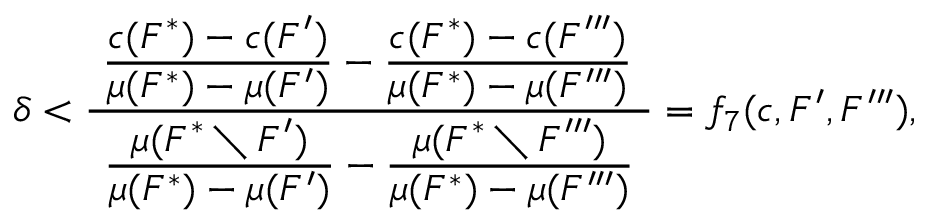
\begin{array} { r } { \delta < \frac { \hphantom { x } \displaystyle \frac { c ( F ^ { * } ) - c ( F ^ { \prime } ) } { \mu ( F ^ { * } ) - \mu ( F ^ { \prime } ) } - \frac { c ( F ^ { * } ) - c ( F ^ { \prime \prime \prime } ) } { \mu ( F ^ { * } ) - \mu ( F ^ { \prime \prime \prime } ) } \hphantom { x } } { \displaystyle \frac { \mu ( F ^ { * } \setminus F ^ { \prime } ) } { \mu ( F ^ { * } ) - \mu ( F ^ { \prime } ) } - \frac { \mu ( F ^ { * } \setminus F ^ { \prime \prime \prime } ) } { \mu ( F ^ { * } ) - \mu ( F ^ { \prime \prime \prime } ) } } = f _ { 7 } ( c , F ^ { \prime } , F ^ { \prime \prime \prime } ) , } \end{array}